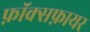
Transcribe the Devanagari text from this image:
फ़ॉक्सफ़ायर